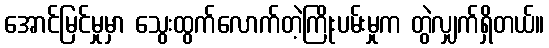
အောင်မြင်မှုမှာ သွေးထွက်လောက်တဲ့ကြိုးပမ်းမှုက တွဲလျှက်ရှိတယ်။